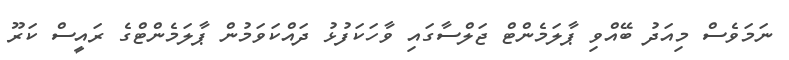
ނަމަވެސް މިއަދު ބޭއްވި ޕާލަމެންޓް ޖަލްސާގައި ވާހަކަފުޅު ދައްކަވަމުން ޕާލަމެންޓްގެ ރައީސް ކަރޫ